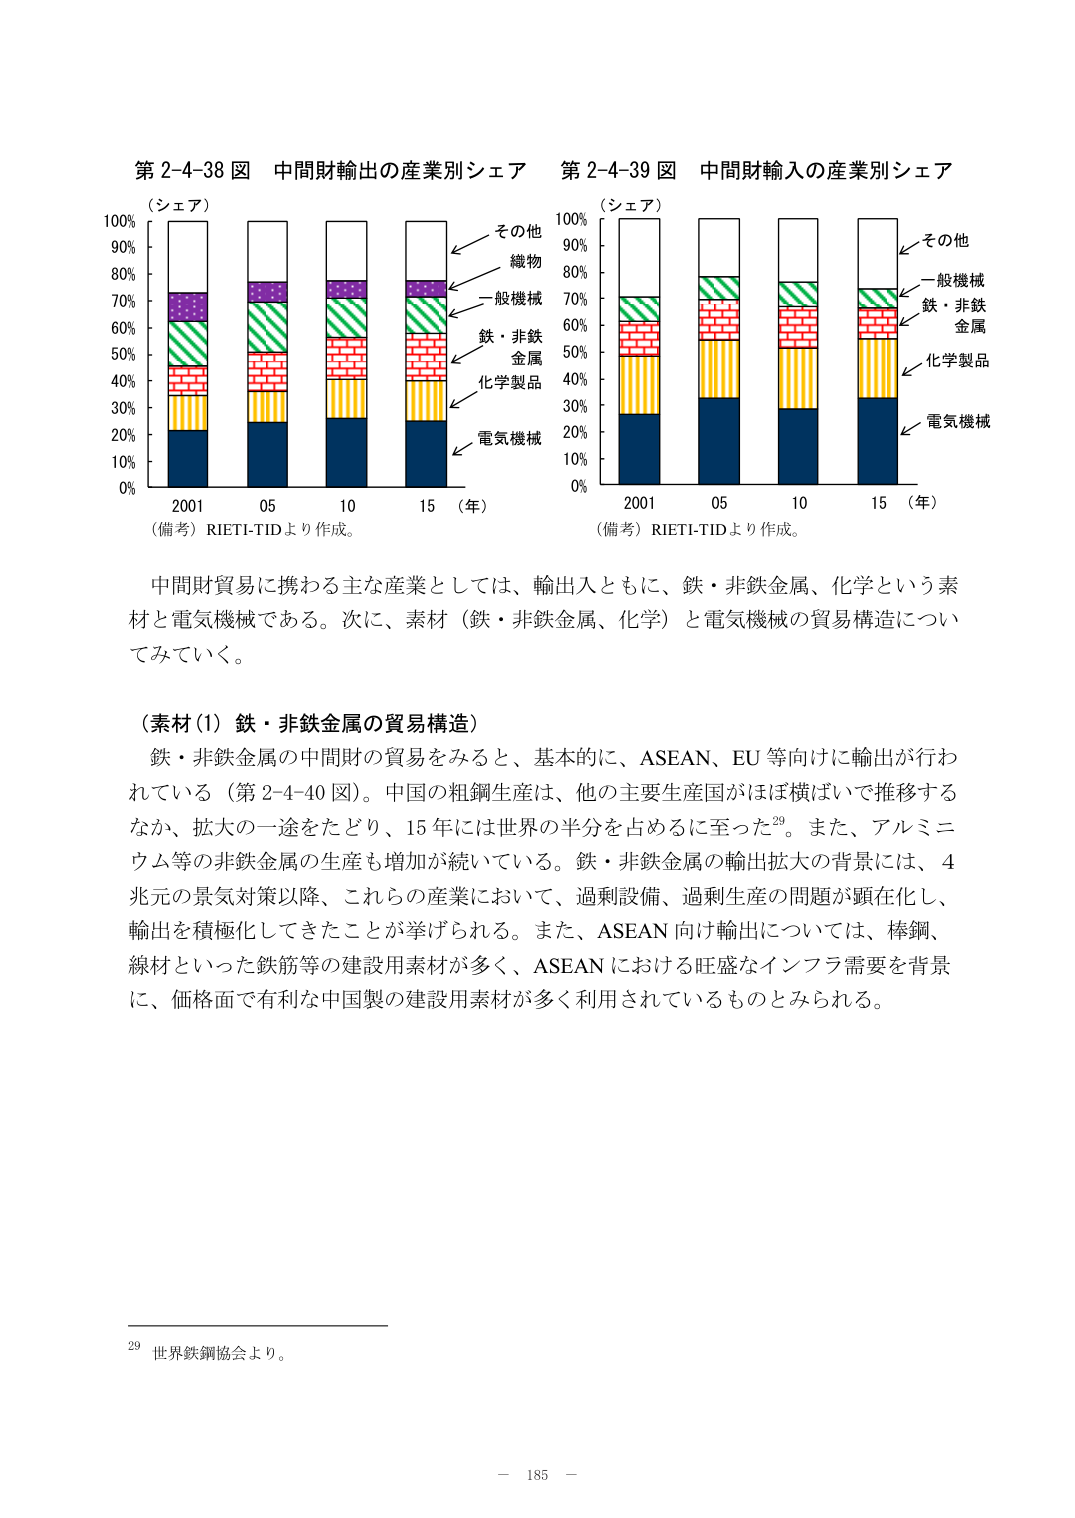
第2-4-38図 中間財輸出の産業別シェア
（シェア）
100%
90%
80%
70%
60%
50%
40%
30%
20%
10%
0%
2001 05 10 15 （年）
（備考）RIETI-TIDより作成。

その他
織物
一般機械
鉄・非鉄金属
化学製品
電気機械

第2-4-39図 中間財輸入の産業別シェア
（シェア）
100%
90%
80%
70%
60%
50%
40%
30%
20%
10%
0%
2001 05 10 15 （年）
（備考）RIETI-TIDより作成。

その他
一般機械
鉄・非鉄金属
化学製品
電気機械

中間財貿易に携わる主な産業としては、輸出入ともに、鉄・非鉄金属、化学という素材と電気機械である。次に、素材（鉄・非鉄金属、化学）と電気機械の貿易構造についてみていく。

（素材（1）鉄・非鉄金属の貿易構造）
鉄・非鉄金属の中間財の貿易をみると、基本的に、ASEAN、EU等向けに輸出が行われている（第2-4-40図）。中国の粗鋼生産は、他の主要生産国がほぼ横ばいで推移するなか、拡大の一途をたどり、15年には世界の半分を占めるに至った29。また、アルミニウム等の非鉄金属の生産も増加が続いている。鉄・非鉄金属の輸出拡大の背景には、4兆元の景気対策以降、これらの産業において、過剰設備、過剰生産の問題が顕在化し、輸出を積極化してきたことが挙げられる。また、ASEAN向け輸出については、棒鋼、線材といった鉄筋等の建設用素材が多く、ASEANにおける旺盛なインフラ需要を背景に、価格面で有利な中国製の建設用素材が多く利用されているものとみられる。

29 世界鉄鋼協会より。

－ 185 －